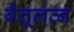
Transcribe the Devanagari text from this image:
बैतूलत्न